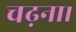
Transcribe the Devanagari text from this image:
चढ़ना।